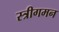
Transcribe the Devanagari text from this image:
स्त्रीगमन